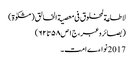
لاطاعة لمخلوق فی معصیة الخالق (مشکوٰة)
(بصائروعبر،ج١ص٥٨تا٦٢)
2017 نواءے امت ۔